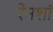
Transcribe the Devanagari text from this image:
रेनशॉ